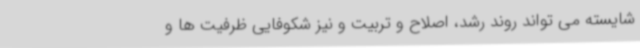
شایسته می تواند روند رشد، اصلاح و تربیت و نیز شکوفایی ظرفیت ها و